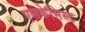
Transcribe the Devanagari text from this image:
एलकेमिस्ट